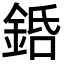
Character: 銽